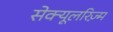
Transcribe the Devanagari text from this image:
सेक्यूलरिज़्म